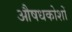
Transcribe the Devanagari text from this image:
औषधकोशों